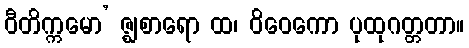
ဝီတိက္ကမော’ ဇ္ဈစာရော ထ၊ ဝိဝေကော ပုထုဂတ္တတာ။